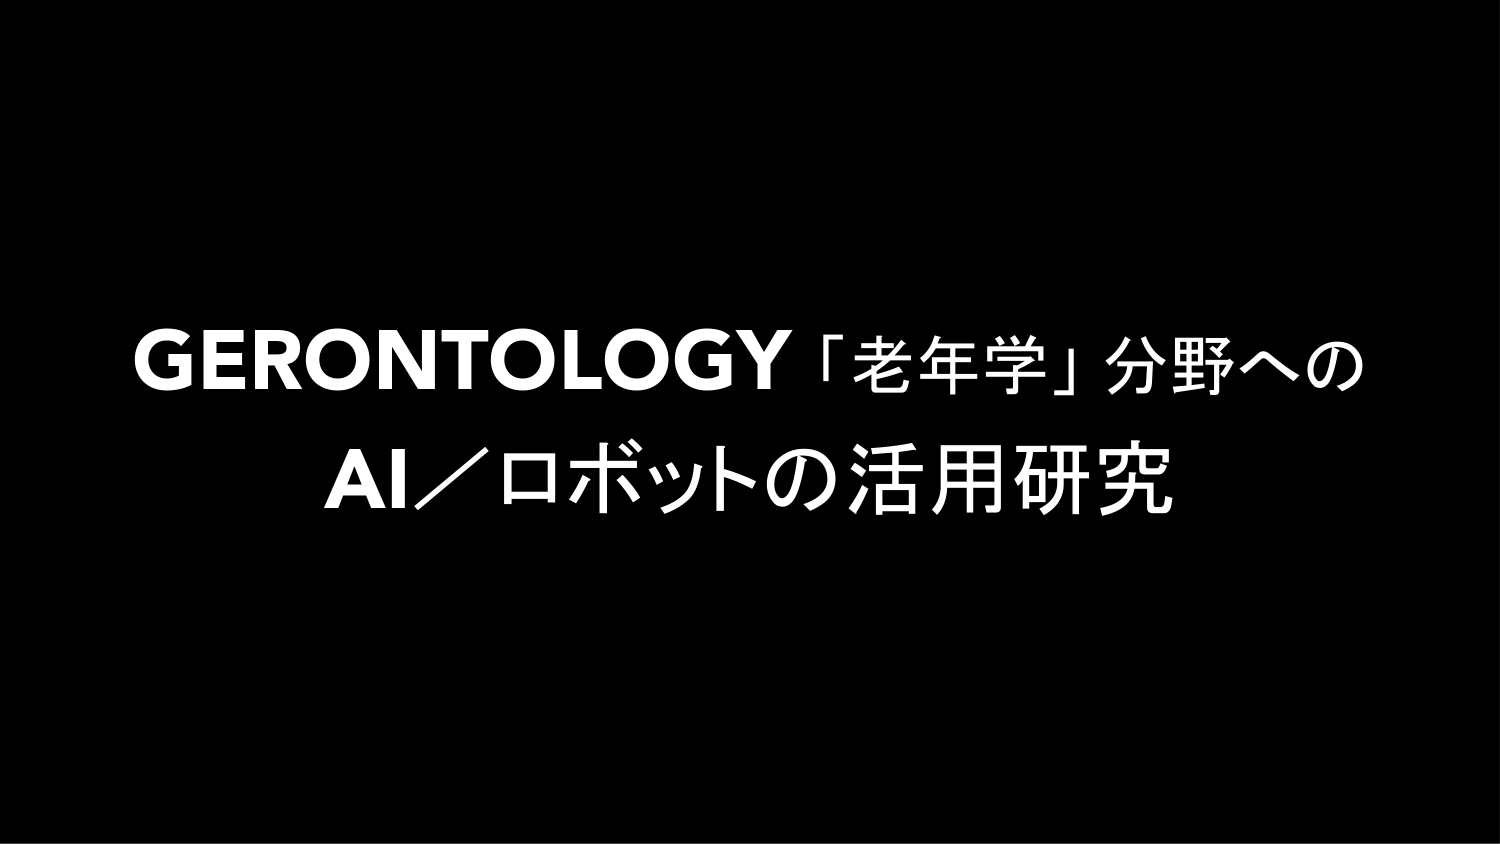
GERONTOLOGY「老年学」分野への
AI／ロボットの活用研究